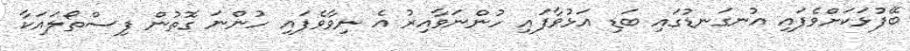
ބޭފުޅަކަށްވެފައި އުނގަނޑުގައި ބަޑި އަޅުވާފައި ހުންނަވާއިރު އެ ނިވާވެފައި ހުންނަ ގޮތުން ފިސްތޯލައަކާ